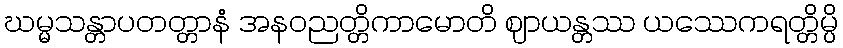
ဃမ္မသန္တာပတတ္တာနံ အနဝညတ္တိကာမောတိ ဈာယန္တဿ ယဿေကရတ္တိမ္ပိ